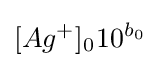
[Ag^{+}]_{0^{}}10^{b_{0}}